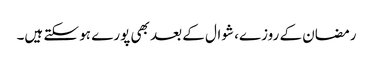
رمضان کے روزے، شوال کے بعد بھی پورے ہو سکتے ہیں۔